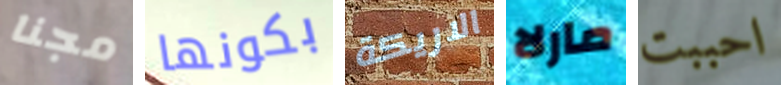
مجنا بكونها الاريكة مارلا احببت